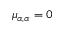
\mu _ { \alpha , \alpha } = 0